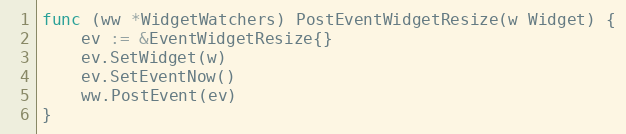
Language: Go
func (ww *WidgetWatchers) PostEventWidgetResize(w Widget) {
	ev := &EventWidgetResize{}
	ev.SetWidget(w)
	ev.SetEventNow()
	ww.PostEvent(ev)
}